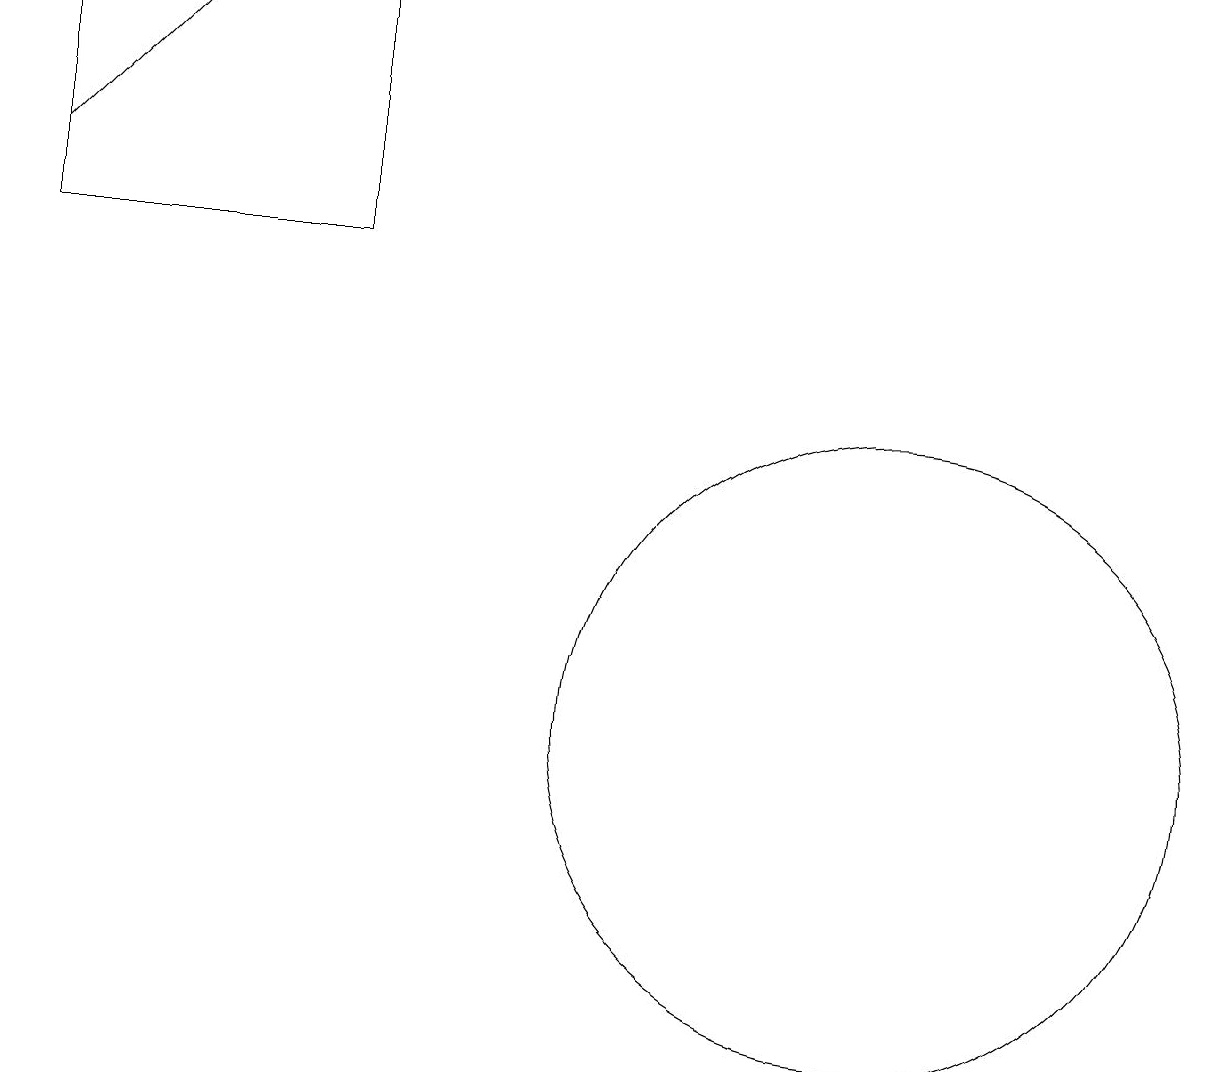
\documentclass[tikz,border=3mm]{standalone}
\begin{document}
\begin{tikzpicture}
\draw[->] (0,17) -- (2,19);
\draw (0,16) rectangle (4,19);
\draw (11,10) circle (4);
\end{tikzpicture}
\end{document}